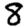
Digit: 8